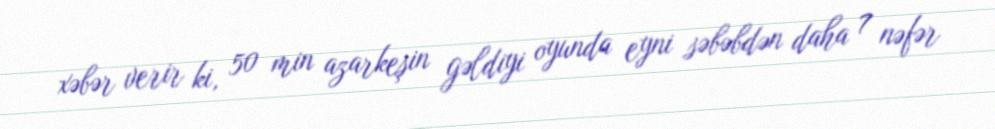
xəbər verir ki, 50 min azarkeşin gəldiyi oyunda eyni səbəbdən daha 7 nəfər